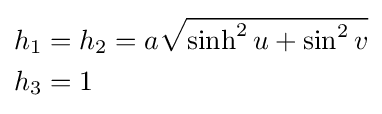
{\begin{aligned}h_{1}&=h_{2}=a{\sqrt {\sinh ^{2}u+\sin ^{2}v}}\\h_{3}&=1\end{aligned}}